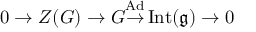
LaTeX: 0 \to Z ( G ) \to G { \overset { \operatorname { A d } } { \to } } \operatorname { I n t } ( { \mathfrak { g } } ) \to 0